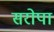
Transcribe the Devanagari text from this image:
सरोपा